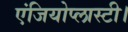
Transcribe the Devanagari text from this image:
एंजियोप्लास्टी।